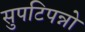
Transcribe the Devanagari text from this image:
सुपटिपन्नो